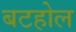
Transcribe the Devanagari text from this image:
बटहोल